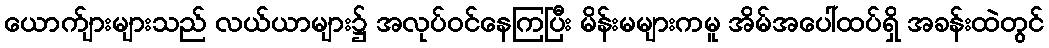
ယောက်ျားများသည် လယ်ယာများ၌ အလုပ်ဝင်နေကြပြီး မိန်းမများကမူ အိမ်အပေါ်ထပ်ရှိ အခန်းထဲတွင်